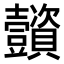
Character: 𧹌